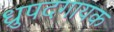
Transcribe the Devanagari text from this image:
ध्रुपदगायक